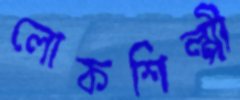
লোকশিল্পী